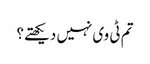
تم ٹی وی نہیں دیکھتے؟